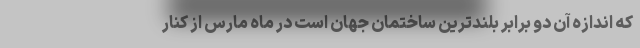
که اندازه آن دو برابر بلندترین ساختمان جهان است در ماه مارس از کنار